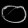
Digit: ၀